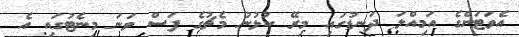
އެވަޓަންގެ އަމިއްލަ ދަނޑުގައި މިރޭ ކުޅުނު މެޗުގެ ފަސް ވަނަ މިނެޓުގައި އެ